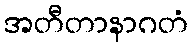
အတီတာနာဂတံ